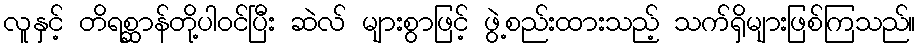
လူနှင့် တိရစ္ဆာန်တို့ပါဝင်ပြီး ဆဲလ် များစွာဖြင့် ဖွဲ့စည်းထားသည့် သက်ရှိများဖြစ်ကြသည်။